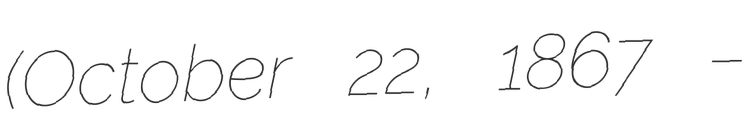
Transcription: (October 22, 1867 –